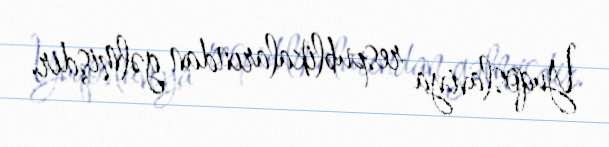
Yuqoslaviya respublikalarından gəlmişdir.